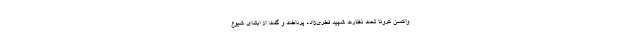
واکسن کرونا تحت نظارت شهید فخری‌زاده پرداخت و گفت: از ابتدای شیوع